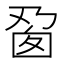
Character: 𬼎